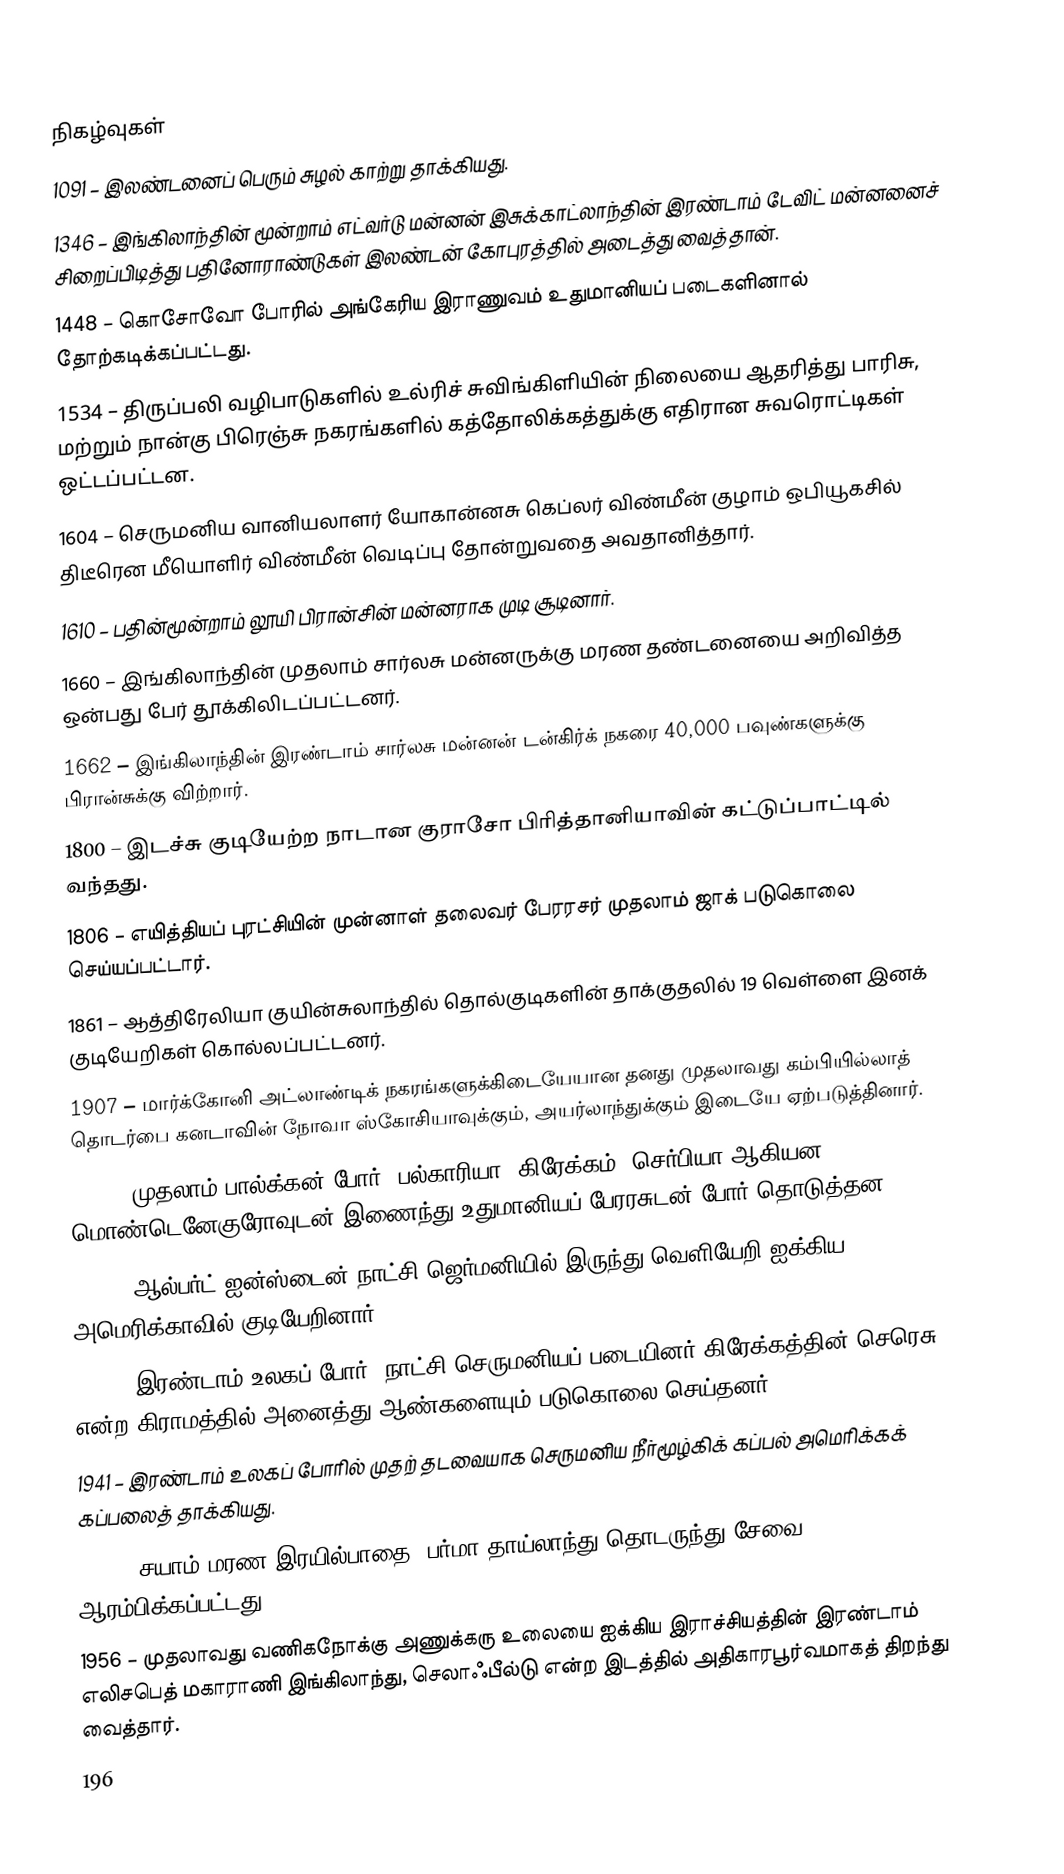

நிகழ்வுகள்
1091 – இலண்டனைப் பெரும் சுழல் காற்று தாக்கியது.
1346 – இங்கிலாந்தின் மூன்றாம் எட்வர்டு மன்னன் இசுக்காட்லாந்தின் இரண்டாம் டேவிட் மன்னனைச் சிறைப்பிடித்து பதினோராண்டுகள் இலண்டன் கோபுரத்தில் அடைத்து வைத்தான்.
1448 – கொசோவோ போரில் அங்கேரிய இராணுவம் உதுமானியப் படைகளினால் தோற்கடிக்கப்பட்டது.
1534 – திருப்பலி வழிபாடுகளில் உல்ரிச் சுவிங்கிளியின் நிலையை ஆதரித்து பாரிசு, மற்றும் நான்கு பிரெஞ்சு நகரங்களில் கத்தோலிக்கத்துக்கு எதிரான சுவரொட்டிகள் ஒட்டப்பட்டன.
1604 – செருமனிய வானியலாளர் யோகான்னசு கெப்லர் விண்மீன் குழாம் ஒபியூகசில் திடீரென மீயொளிர் விண்மீன் வெடிப்பு தோன்றுவதை அவதானித்தார்.
1610 – பதின்மூன்றாம் லூயி பிரான்சின் மன்னராக முடி சூடினார்.
1660 – இங்கிலாந்தின் முதலாம் சார்லசு மன்னருக்கு மரண தண்டனையை அறிவித்த ஒன்பது பேர் தூக்கிலிடப்பட்டனர்.
1662 – இங்கிலாந்தின் இரண்டாம் சார்லசு மன்னன் டன்கிர்க் நகரை 40,000 பவுண்களுக்கு பிரான்சுக்கு விற்றார்.
1800 – இடச்சு குடியேற்ற நாடான குராசோ பிரித்தானியாவின் கட்டுப்பாட்டில் வந்தது.
1806 – எயித்தியப் புரட்சியின் முன்னாள் தலைவர் பேரரசர் முதலாம் ஜாக் படுகொலை செய்யப்பட்டார்.
1861 – ஆத்திரேலியா குயின்சுலாந்தில் தொல்குடிகளின் தாக்குதலில் 19 வெள்ளை இனக் குடியேறிகள் கொல்லப்பட்டனர்.
1907 – மார்க்கோனி அட்லாண்டிக் நகரங்களுக்கிடையேயான தனது முதலாவது கம்பியில்லாத் தொடர்பை கனடாவின் நோவா ஸ்கோசியாவுக்கும், அயர்லாந்துக்கும் இடையே ஏற்படுத்தினார்.
1912 – முதலாம் பால்க்கன் போர்: பல்காரியா, கிரேக்கம், செர்பியா ஆகியன மொண்டெனேகுரோவுடன் இணைந்து உதுமானியப் பேரரசுடன் போர் தொடுத்தன.
1933 – ஆல்பர்ட் ஐன்ஸ்டைன் நாட்சி ஜெர்மனியில் இருந்து வெளியேறி ஐக்கிய அமெரிக்காவில் குடியேறினார்.
1941 – இரண்டாம் உலகப் போர்: நாட்சி செருமனியப் படையினர் கிரேக்கத்தின் செரெசு என்ற கிராமத்தில் அனைத்து ஆண்களையும் படுகொலை செய்தனர்.
1941 – இரண்டாம் உலகப் போரில் முதற் தடவையாக செருமனிய நீர்மூழ்கிக் கப்பல் அமெரிக்கக் கப்பலைத் தாக்கியது.
1943 – சயாம் மரண இரயில்பாதை (பர்மா-தாய்லாந்து தொடருந்து சேவை) ஆரம்பிக்கப்பட்டது.
1956 – முதலாவது வணிகநோக்கு அணுக்கரு உலையை ஐக்கிய இராச்சியத்தின் இரண்டாம் எலிசபெத் மகாராணி இங்கிலாந்து, செலாஃபீல்டு என்ற இடத்தில் அதிகாரபூர்வமாகத் திறந்து வைத்தார்.
196